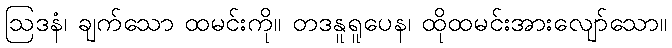
ဩဒနံ၊ ချက်သော ထမင်းကို။ တဒနူရူပေန၊ ထိုထမင်းအားလျော်သော။